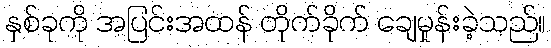
နှစ်ခုကို အပြင်းအထန် တိုက်ခိုက် ချေမှုန်းခဲ့သည်။